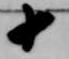
十